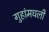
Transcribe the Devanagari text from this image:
गुहांमधली